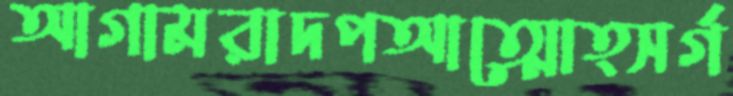
আগামরাদপআত্মোত্সর্গ